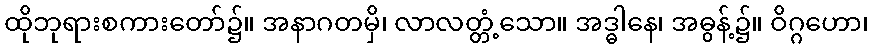
ထိုဘုရားစကားတော်၌။ အနာဂတမှိ၊ လာလတ္တံ့သော။ အဒ္ဓါနေ၊ အဓွန့်၌။ ဝိဂ္ဂဟော၊